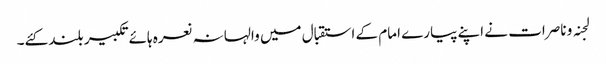
لجنہ و ناصرات نے اپنے پیارے امام کے استقبال میں والہانہ نعرہ ہائےتکبیر بلند کئے۔